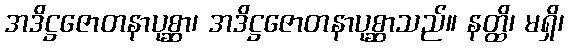
အဒိဋ္ဌဇောတနာပုစ္ဆာ၊ အဒိဋ္ဌဇောတနာပုစ္ဆာသည်။ နတ္ထိ၊ မရှိ၊